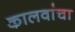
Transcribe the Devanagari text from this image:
कालवांचा